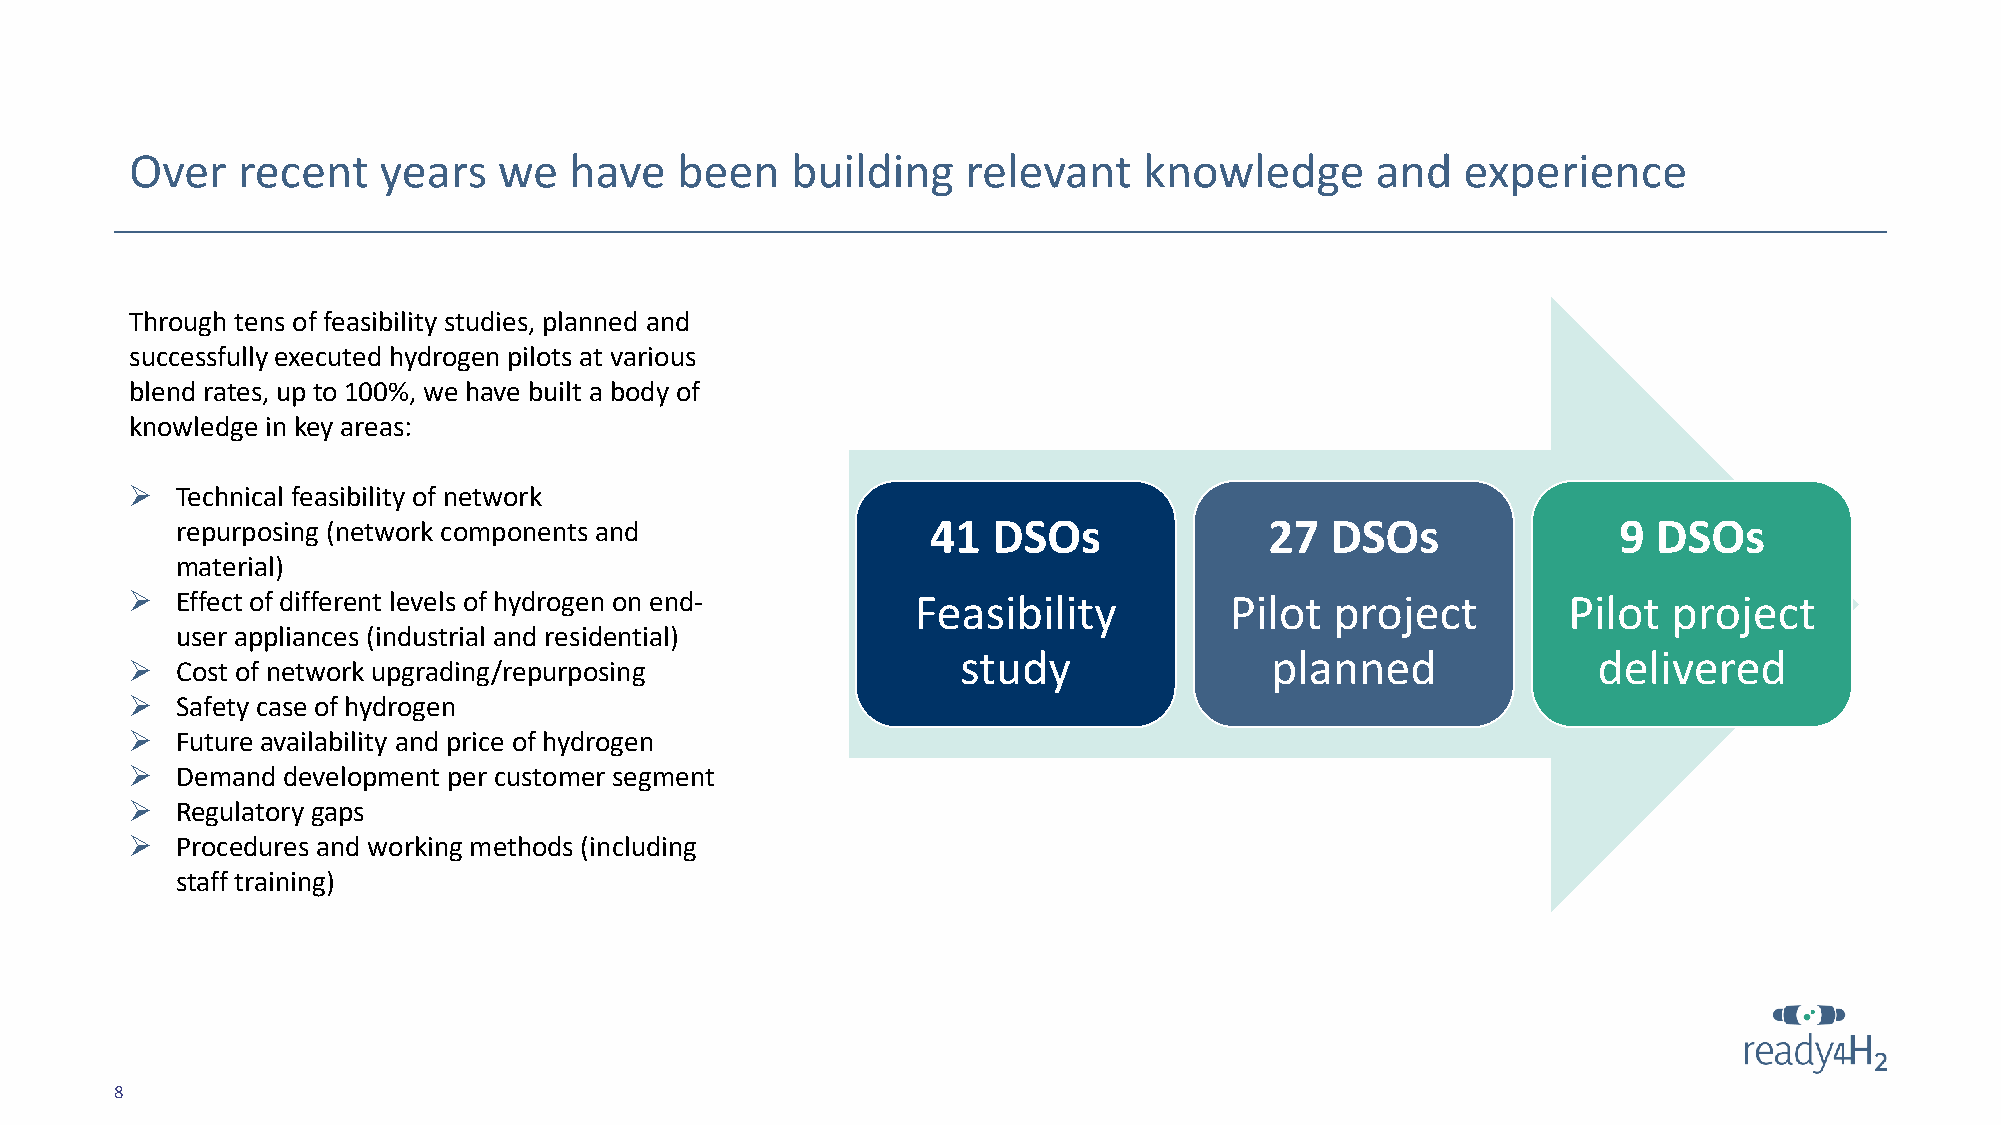
Over   recent   years   we   have   been   building    relevant    knowledge      and   experience
 Through tens of feasibility studies, planned and
 successfully executed hydrogen pilots at various
 blend rates, up to 100%, we have built a body of
 knowledge in key areas:
 ➢  Technical feasibility of network
 repurposing (network components and               41  DSOs              27  DSOs               9  DSOs
 material)
 ➢  Effect of different levels of hydrogen on end-   Feasibility         Pilot  project         Pilot  project
 user appliances (industrial and residential)
 study               planned               delivered
 ➢  Cost of network upgrading/repurposing
 ➢  Safety case of hydrogen
 ➢  Future availability and price of hydrogen
 ➢  Demand development per customer segment
 ➢  Regulatory gaps
 ➢  Procedures and working methods (including
 staff training)
 8